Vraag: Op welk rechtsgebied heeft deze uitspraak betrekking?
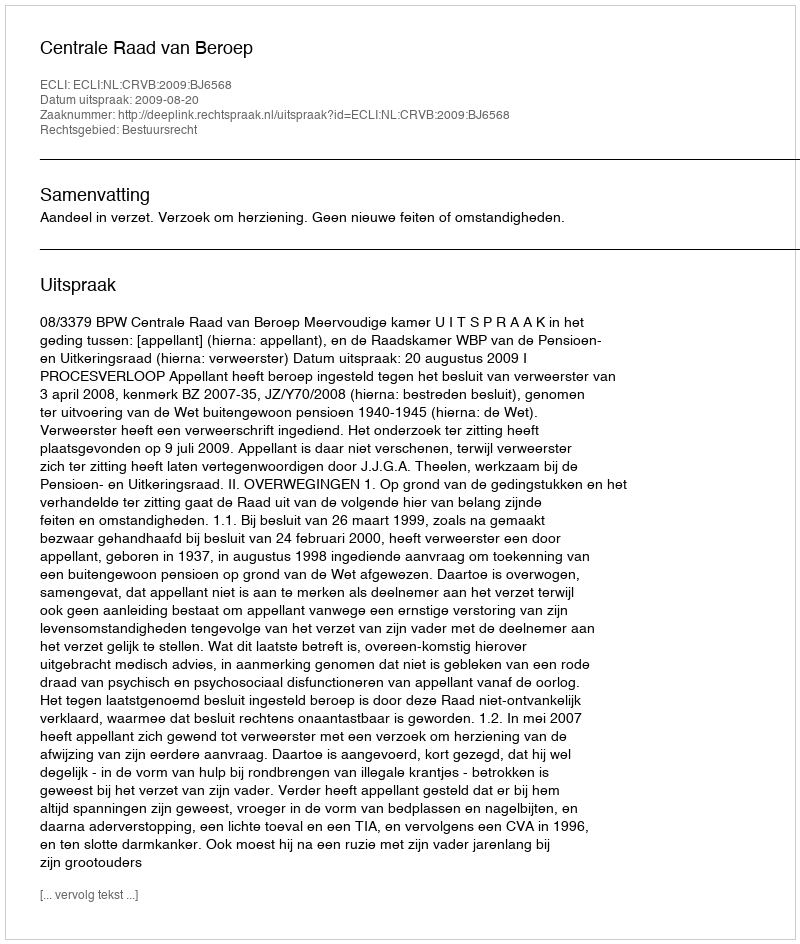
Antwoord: Bestuursrecht